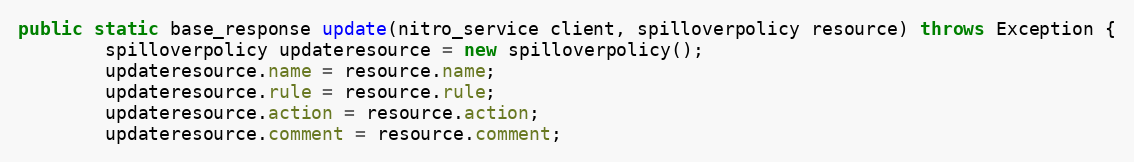
Language: Java
public static base_response update(nitro_service client, spilloverpolicy resource) throws Exception {
		spilloverpolicy updateresource = new spilloverpolicy();
		updateresource.name = resource.name;
		updateresource.rule = resource.rule;
		updateresource.action = resource.action;
		updateresource.comment = resource.comment;